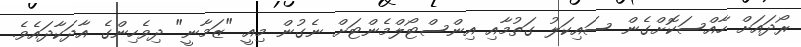
ރޯދައަށް ހާއްސަކޮށްގެން ސައިކަލު ގަތުމާއި އިންސްޓޯލްމެންޓަށް ނެގުން މިއީ "ޒަމާނީ" ދިވެހިންގެ އާދަކާދައެވެ.